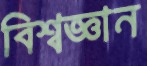
বিশ্বজ্ঞান